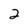
Character: 2